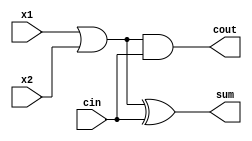
/*
Approximate Full Adder
*/

module AFA (
    input x1, x2, cin,
    output sum, cout
);

    wire w;
    assign w = x1 | x2;
    assign sum = w ^ cin;
    assign cout = w & cin;

endmodule